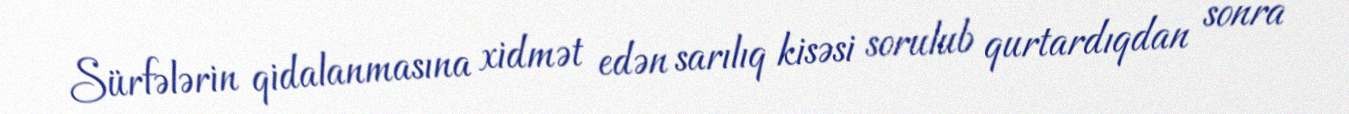
Sürfələrin qidalanmasına xidmət edən sarılıq kisəsi sorulub qurtardıqdan sonra